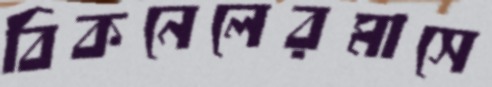
বিকনেলেরমাসে